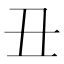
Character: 丑